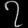
Digit: ၇